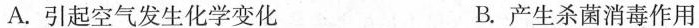
A.引起空气发生化学变化 B.产生杀菌消毒作用